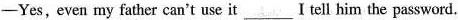
-Yes,even my father can't use it I tell him the password.